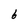
Character: 6